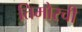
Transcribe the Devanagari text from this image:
तिमोरची